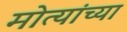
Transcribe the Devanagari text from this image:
मोत्यांच्या